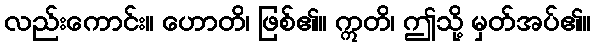
လည်းကောင်း။ ဟောတိ၊ ဖြစ်၏။ ဣတိ၊ ဤသို့ မှတ်အပ်၏။